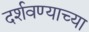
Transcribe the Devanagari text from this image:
दर्शवण्याच्या